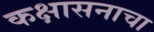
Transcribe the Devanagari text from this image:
कक्षासनाचा